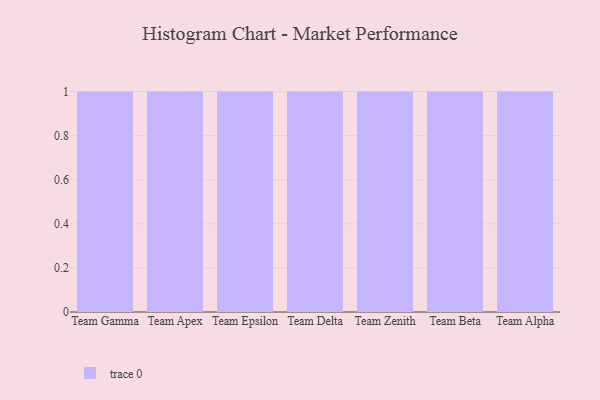
{"axis": {"x": "Team", "y": "Waste Production (Tons)"}, "legend": [""], "data": [{"x": "Team Gamma", "y": 12, "type": ""}, {"x": "Team Apex", "y": 72, "type": ""}, {"x": "Team Epsilon", "y": 45, "type": ""}, {"x": "Team Delta", "y": 16, "type": ""}, {"x": "Team Zenith", "y": 34, "type": ""}, {"x": "Team Beta", "y": 48, "type": ""}, {"x": "Team Alpha", "y": 96, "type": ""}]}